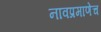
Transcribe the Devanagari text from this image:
नावप्रमाणेच